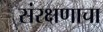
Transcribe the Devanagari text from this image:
संरक्षणाचा